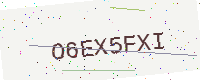
Text: O6EX5FXI